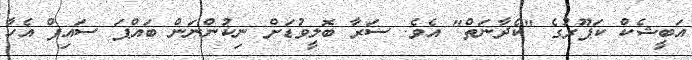
އަބީޝެކް ކަޕޫރުގެ "ކެދާނަތް" އެވެ. ސަރާ ބޮލީވުޑަށް ނިކުންނަން ބައްޕަ ސައިފް އެހާ